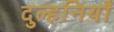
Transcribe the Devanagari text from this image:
दुल्हनियाँ